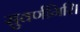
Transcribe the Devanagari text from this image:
सुवर्णगिरि।